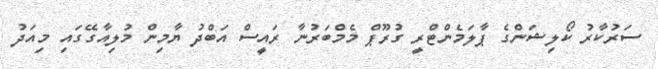
ސަރުކާރު ކޯލިޝަންގެ ޕާލަމެންޓްރީ ގުރޫޕް މެމްބަރުނާ ރައީސް އަބްދު ޔާމިން މުލިއާގޭގައި މިއަދު